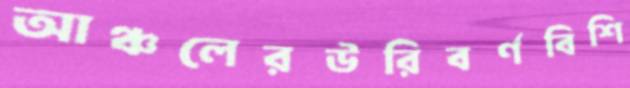
আঞ্চলেরউরিবর্ণবিশি